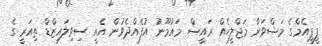
ޕީޕީއެމްގެ މަޝްވަރާ މަޖްލީހެއް ރައީސް މައުމޫނު އުފެއްދެވުން އެއީ ސިވިލައިޒްޑް ތިއަރީ ގެ